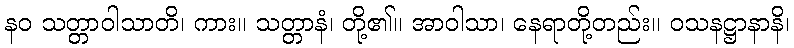
နဝ သတ္တာဝါသာတိ၊ ကား။ သတ္တာနံ၊ တို့၏။ အာဝါသာ၊ နေရာတို့တည်း။ ဝသနဋ္ဌာနာနိ၊